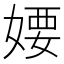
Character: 婹